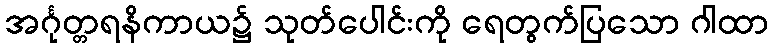
အင်္ဂုတ္တရနိကာယ၌ သုတ်ပေါင်းကို ရေတွက်ပြသော ဂါထာ